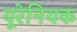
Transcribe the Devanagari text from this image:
यूरेनियक